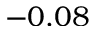
- 0 . 0 8